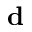
\mathbf { d }